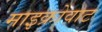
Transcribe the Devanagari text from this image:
माइक्रोवाट